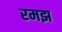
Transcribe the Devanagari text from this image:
रमझ